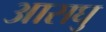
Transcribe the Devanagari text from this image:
आसघु